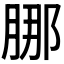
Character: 𬛁